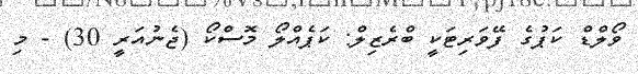
ވޯލްޑް ކަޕުގެ ފޭވަރިޓަކީ ބްރެޒިލް: ކަޕެއްލޯ މޮސްކޯ (ޖެނުއަރީ 30) - މި